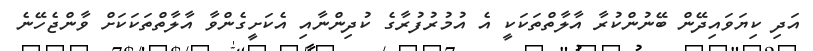
އަދި ކިޔަވައިދޭން ބޭނުންކުރާ އާލާތްތަކަކީ އެ އުމުރުފުރާގެ ކުދިންނާއި އެކަށީގެންވާ އާލާތްތަކަކަށް ވާންޖެހޭނެ